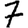
Digit: 7